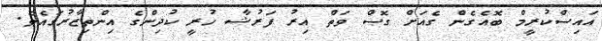
އައިސްކުރީމް ބޮއެގެން ގެއަށް ގޮސް ވަތް އިރު ފަރުޝާ ހުރީ ކުދިންގެ އިންތިޒާރުގައެވެ.